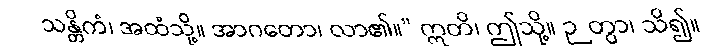
သန္တိကံ၊ အထံသို့။ အာဂတော၊ လာ၏။” ဣတိ၊ ဤသို့။ ဉတွာ၊ သိ၍။